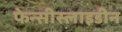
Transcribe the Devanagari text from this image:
फेन्सीस्लाइडीन